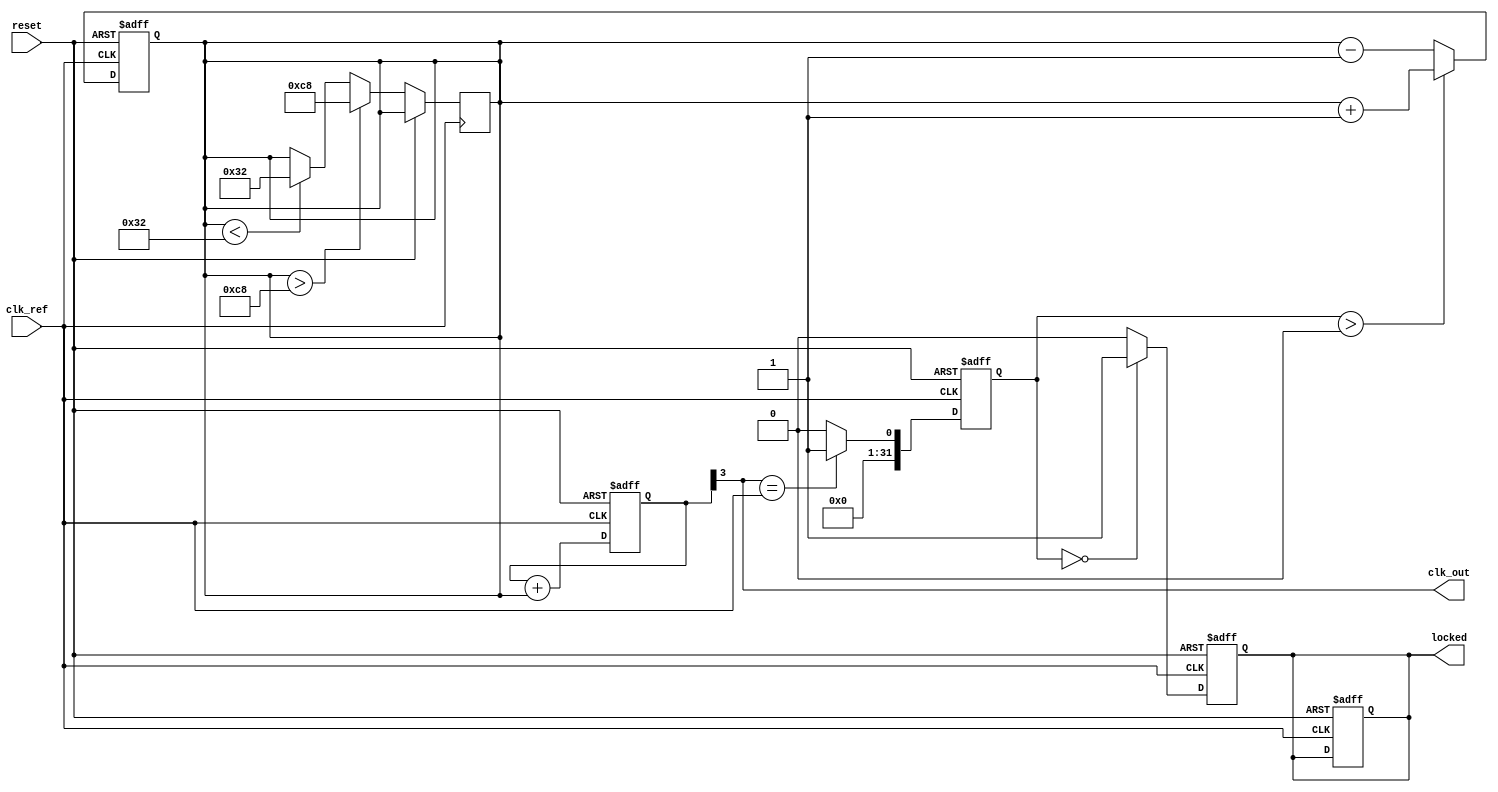
module high_performance_pll (
    input wire clk_ref,             // Reference clock input
    input wire reset,               // Reset signal
    output wire clk_out,            // Output clock signal
    output wire locked              // Lock indicator
);

    // Parameters
    parameter DIV_FACTOR = 4;       // Divider factor
    parameter VCO_MAX_FREQ = 200;   // Max VCO frequency in MHz
    parameter VCO_MIN_FREQ = 50;    // Min VCO frequency in MHz
    parameter LOOP_BW = 10;          // Loop bandwidth in MHz

    // Internal signals
    reg [31:0] phase_error;          // Phase error signal
    reg [31:0] control_voltage;      // Control voltage from charge pump
    wire vco_clk;                   // VCO clock output
    wire feedback_clk;              // Feedback clock from divider
    reg [31:0] vco_counter;          // VCO counter for frequency generation
    reg locked_reg;                  // Lock status register

    // Phase Detector (PD)
    always @(posedge clk_ref or posedge reset) begin
        if (reset) begin
            phase_error <= 0;
        end else begin
            // Simple phase detection logic (can be more complex)
            // Assuming feedback_clk is aligned with clk_ref
            phase_error <= (feedback_clk == clk_ref) ? 1 : 0;
        end
    end

    // Charge Pump
    always @(posedge clk_ref or posedge reset) begin
        if (reset) begin
            control_voltage <= 0;
        end else begin
            // Simple charge pump logic
            if (phase_error > 0) begin
                control_voltage <= control_voltage + 1; // Source charge
            end else begin
                control_voltage <= control_voltage - 1; // Sink charge
            end
        end
    end

    // Voltage-Controlled Oscillator (VCO)
    always @(posedge clk_ref or posedge reset) begin
        if (reset) begin
            vco_counter <= 0;
            locked_reg <= 0;
        end else begin
            // Simple VCO model
            if (control_voltage > VCO_MAX_FREQ) begin
                control_voltage <= VCO_MAX_FREQ;
            end else if (control_voltage < VCO_MIN_FREQ) begin
                control_voltage <= VCO_MIN_FREQ;
            end
            vco_counter <= vco_counter + control_voltage;
        end
    end

    // Frequency Divider
    assign feedback_clk = vco_counter[DIV_FACTOR - 1];

    // Output Buffer
    assign clk_out = feedback_clk;

    // Lock detection logic
    always @(posedge clk_ref or posedge reset) begin
        if (reset) begin
            locked_reg <= 0;
        end else begin
            // Simple lock detection (can be more complex)
            locked_reg <= (phase_error == 0) ? 1 : 0;
        end
    end

    assign locked = locked_reg;

endmodule